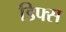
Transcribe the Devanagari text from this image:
डिफ्स